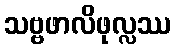
သဗ္ဗဖာလိဖုလ္လဿ